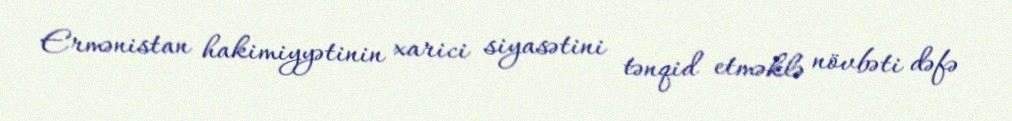
Ermənistan hakimiyyətinin xarici siyasətini tənqid etməklə növbəti dəfə